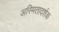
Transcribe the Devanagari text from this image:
अस्मितादर्शक